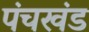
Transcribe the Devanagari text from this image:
पंचखंड